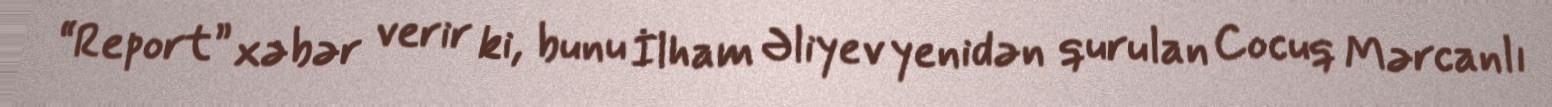
“Report” xəbər verir ki, bunu İlham Əliyev yenidən qurulan Cocuq Mərcanlı